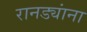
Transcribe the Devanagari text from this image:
रानड्यांना